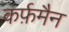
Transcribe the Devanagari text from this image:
कर्फ़मैन